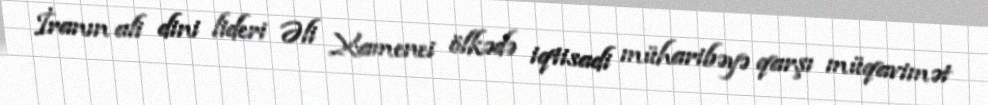
İranın ali dini lideri Əli Xamenei ölkədə iqtisadi müharibəyə qarşı müqavimət